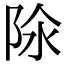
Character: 𨹉